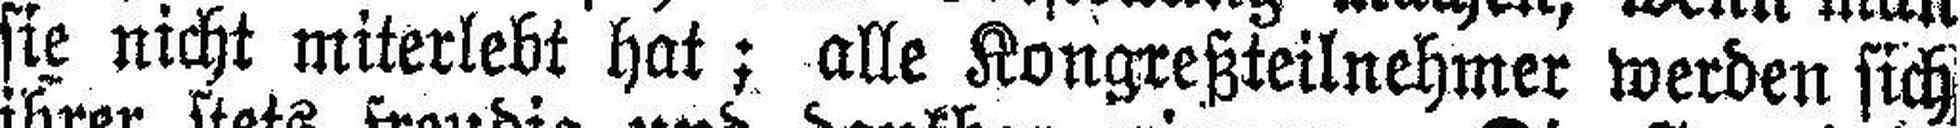
sie nicht miterlebt hat; alle Kongreßteilnehmer werden sich